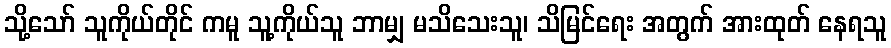
သို့သော် သူကိုယ်တိုင် ကမူ သူ့ကိုယ်သူ ဘာမျှ မသိသေးသူ၊ သိမြင်ရေး အတွက် အားထုတ် နေရသူ